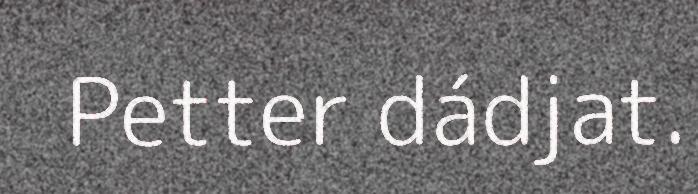
Petter dádjat.